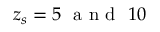
z _ { s } = 5 \ \mathrm { ~ a ~ n ~ d ~ } \ 1 0